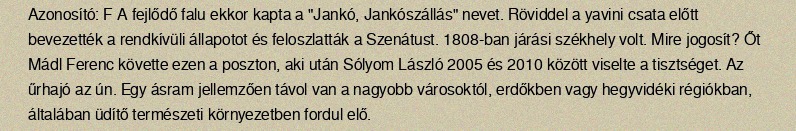
Azonosító: F A fejlődő falu ekkor kapta a "Jankó, Jankószállás" nevet. Röviddel a yavini csata előtt bevezették a rendkívüli állapotot és feloszlatták a Szenátust. 1808-ban járási székhely volt. Mire jogosít? Őt Mádl Ferenc követte ezen a poszton, aki után Sólyom László 2005 és 2010 között viselte a tisztséget. Az űrhajó az ún. Egy ásram jellemzően távol van a nagyobb városoktól, erdőkben vagy hegyvidéki régiókban, általában üdítő természeti környezetben fordul elő.